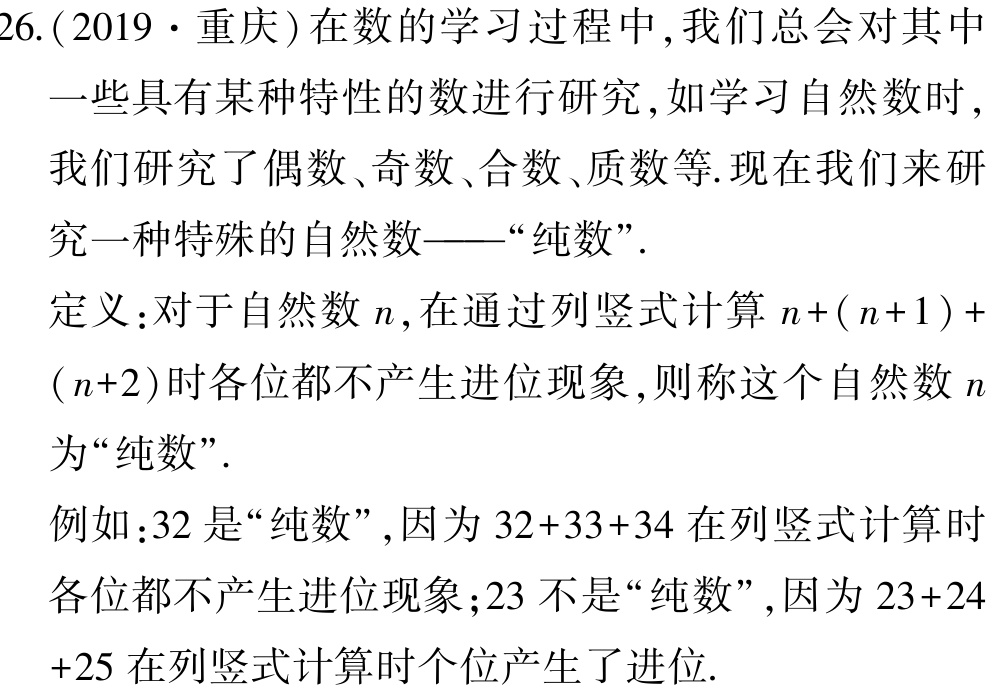
26.(2019·重庆)在数的学习过程中,我们总会对其中
一些具有某种特性的数进行研究,如学习自然数时,
我们研究了偶数、奇数、合数、质数等.现在我们来研
究一种特殊的自然数——“纯数”.
定义:对于自然数\(n\),在通过列竖式计算\(n+(n + 1)+(n + 2)\)时各位都不产生进位现象,则称这个自然数\(n\)为“纯数”.
例如:\(32\)是“纯数”,因为\(32 + 33+34\)在列竖式计算时各位都不产生进位现象;\(23\)不是“纯数”,因为\(23 + 24+25\)在列竖式计算时个位产生了进位.